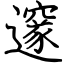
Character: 邃